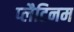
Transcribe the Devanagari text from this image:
प्‍लैटिनम